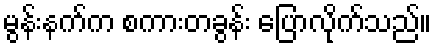
မွန်းနက်က စကားတခွန်း ပြောလိုက်သည်။